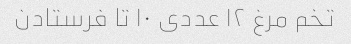
تخم مرغ ۱۲ عددی ۱۰ تا فرستادن